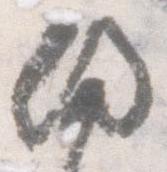
備